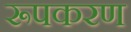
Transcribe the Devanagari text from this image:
रूपकरण